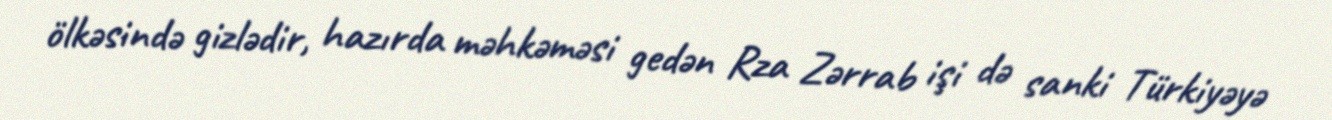
ölkəsində gizlədir, hazırda məhkəməsi gedən Rza Zərrab işi də sanki Türkiyəyə